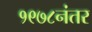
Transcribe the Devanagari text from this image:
१९७८नंतर